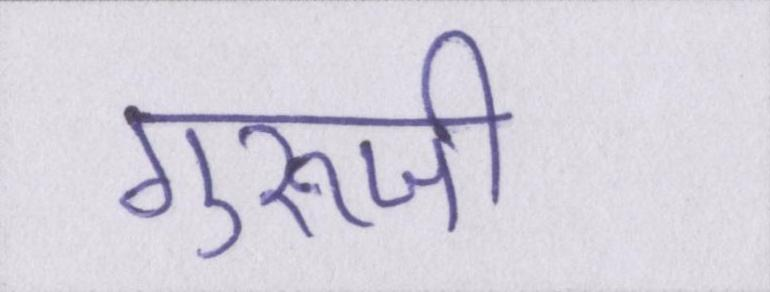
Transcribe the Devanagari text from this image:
गुरूजी